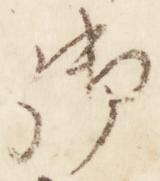
御